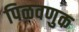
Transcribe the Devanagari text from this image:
पिळवणुक